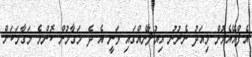
އެފްއޭއެމުން މިއަދު ނެރުނު އިއުލާނެއްގައި ވަނީ އެ ދެ މަގާމުން ކޮންމެ މަގާމަކަށް